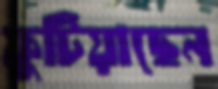
ফুটিয়াছেন